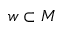
w \subset M